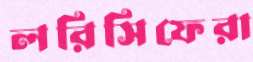
লরিসিফেরা